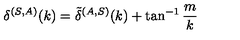
\delta ^ { ( S , A ) } ( k ) = \tilde { \delta } ^ { ( A , S ) } ( k ) + \tan ^ { - 1 } \frac { m } { k }